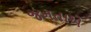
જનતાએ